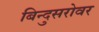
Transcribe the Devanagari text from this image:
बिन्दुसरोवर